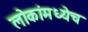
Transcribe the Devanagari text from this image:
लोकांमध्येच